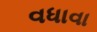
વધાવા